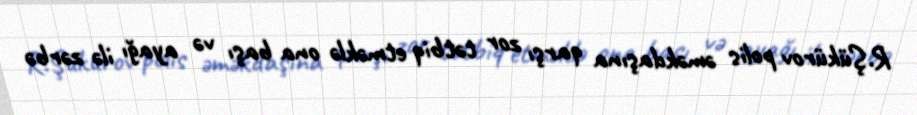
R.Şükürov polis əməkdaşına qarşı zor tətbiq etməklə ona başı və ayağı ilə zərbə